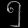
Digit: ၅